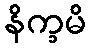
နိက္ခမိ